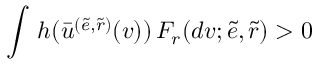
\int \, h ( \bar { u } ^ { ( \tilde { e } , \tilde { r } ) } ( v ) ) \, F _ { r } ( d v ; \tilde { e } , \tilde { r } ) > 0